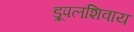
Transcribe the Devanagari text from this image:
ड्रूपलशिवाय